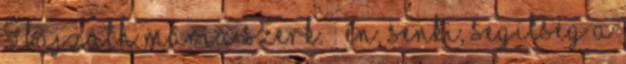
5 Bajzáth Mária szerk. : Én, ​senki, segítség A